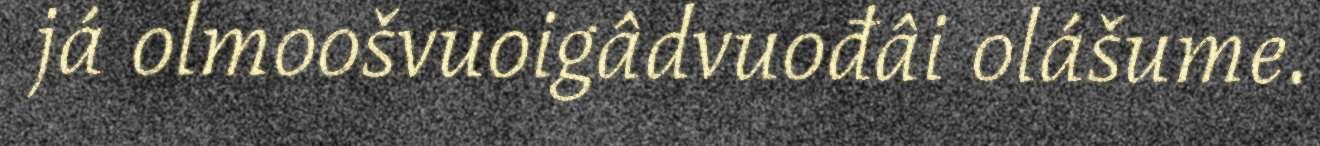
já olmoošvuoigâdvuođâi olášume.